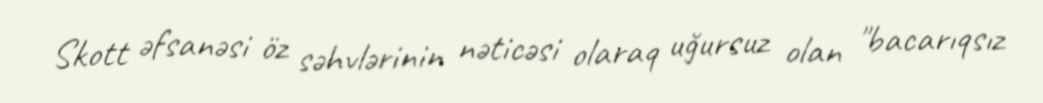
Skott əfsanəsi öz səhvlərinin nəticəsi olaraq uğursuz olan "bacarıqsız